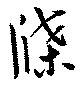
牒